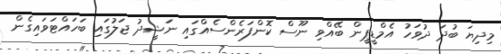
މިދިޔަ ބުދަ ދުވަހު އެމްޑީޕީން ބޭއްވި ނޫސް ކޮންފަރެންސެއްގައި ނަޝީދު ޖަލުގައި ބަހައްޓަވައިގެން